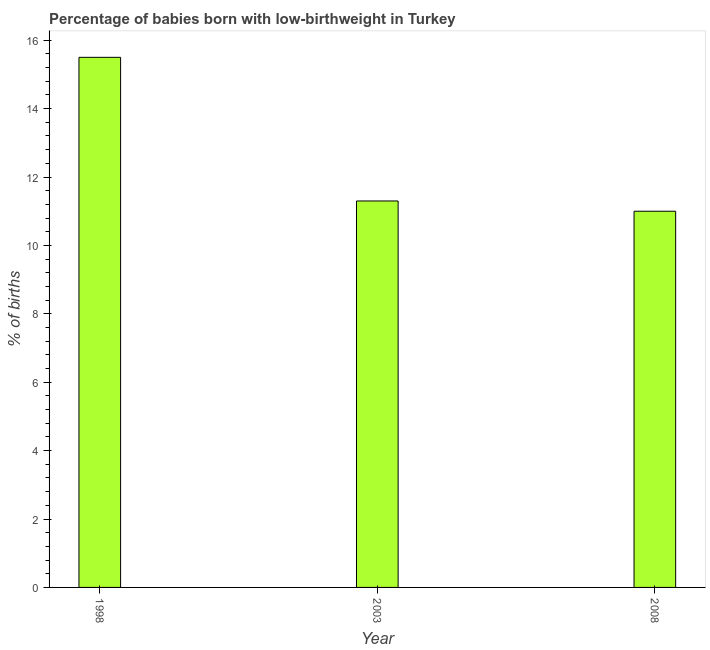
| Year | Low-birthweight babies |
 | --- | --- |
 | 1998 | 15.5 |
 | 2003 | 11.3 |
 | 2008 | 11 |